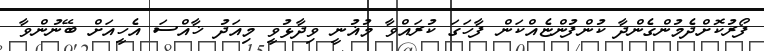
ފޯރުކޮށްދެމުންގެންދާ ކުންފުންޏެއްކަން ފާހަގަ ކުރައްވާ މުޣުނީ ވިދާޅުވީ މިއަދު ޚާއްސަ އެހީއަށް ބޭނުންވާ